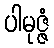
ပါမုဇ္ဇံ